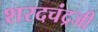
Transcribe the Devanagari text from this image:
शरदचंद्रजी